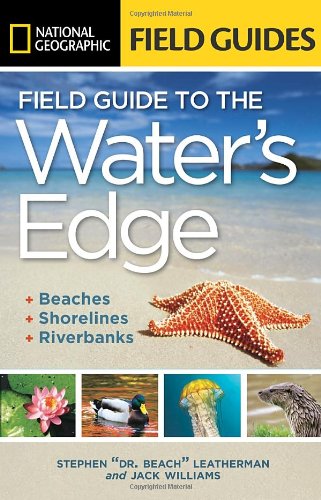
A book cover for National Geographic Field Guide to the Water's Edge: Beaches, Shorelines, and Riverbanks (National Geographic Field Guides); Stephen Leatherman; Travel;